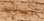
اتصالاتك